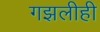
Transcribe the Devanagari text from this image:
गझलीही